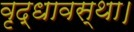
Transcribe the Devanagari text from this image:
वृद्धावस्था।